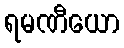
ရမဏီယော